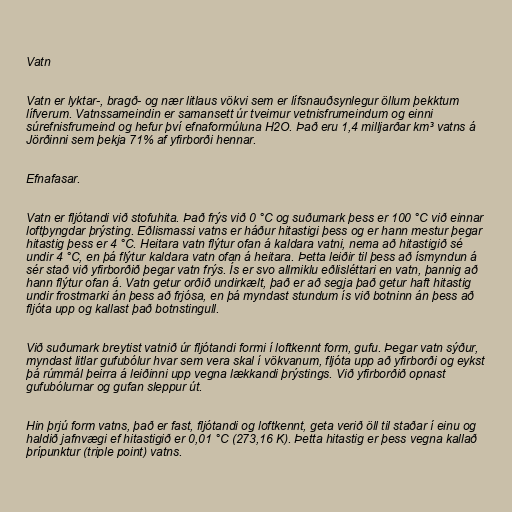
Vatn

Vatn er lyktar-, bragð- og nær litlaus vökvi sem er lífsnauðsynlegur öllum þekktum
lífverum. Vatnssameindin er samansett úr tveimur vetnisfrumeindum og einni
súrefnisfrumeind og hefur því efnaformúluna H2O. Það eru 1,4 milljarðar km³ vatns á
Jörðinni sem þekja 71% af yfirborði hennar.

Efnafasar.

Vatn er fljótandi við stofuhita. Það frýs við 0 °C og suðumark þess er 100 °C við einnar
loftþyngdar þrýsting. Eðlismassi vatns er háður hitastigi þess og er hann mestur þegar
hitastig þess er 4 °C. Heitara vatn flýtur ofan á kaldara vatni, nema að hitastigið sé
undir 4 °C, en þá flýtur kaldara vatn ofan á heitara. Þetta leiðir til þess að ísmyndun á
sér stað við yfirborðið þegar vatn frýs. Ís er svo allmiklu eðlisléttari en vatn, þannig að
hann flýtur ofan á. Vatn getur orðið undirkælt, það er að segja það getur haft hitastig
undir frostmarki án þess að frjósa, en þá myndast stundum ís við botninn án þess að
fljóta upp og kallast það botnstingull.

Við suðumark breytist vatnið úr fljótandi formi í loftkennt form, gufu. Þegar vatn sýður,
myndast litlar gufubólur hvar sem vera skal í vökvanum, fljóta upp að yfirborði og eykst
þá rúmmál þeirra á leiðinni upp vegna lækkandi þrýstings. Við yfirborðið opnast
gufubólurnar og gufan sleppur út.

Hin þrjú form vatns, það er fast, fljótandi og loftkennt, geta verið öll til staðar í einu og
haldið jafnvægi ef hitastigið er 0,01 °C (273,16 K). Þetta hitastig er þess vegna kallað
þrípunktur (triple point) vatns.